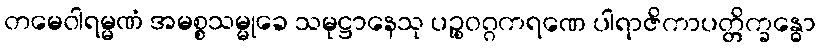
တမေဝါရမ္မဏံ အမစ္စသမ္မုခေ သမုဋ္ဌာနေသု ပဉ္စဝဂ္ဂကရဏေ ပါရာဇိကာပတ္တိက္ခန္ဓော